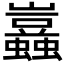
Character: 𧔮